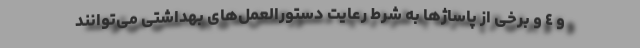
و ٤ و برخی از پاساژها به شرط رعایت دستورالعمل‌های بهداشتی می‌توانند